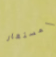
المستعار